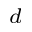
^ { d }